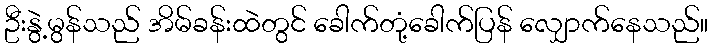
ဦးနွဲ့မွန်သည် အိမ်ခန်းထဲတွင် ခေါက်တုံ့ခေါက်ပြန် လျှောက်နေသည်။